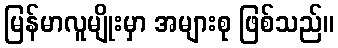
မြန်မာလူမျိုးမှာ အများစု ဖြစ်သည်။